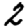
Digit: 2